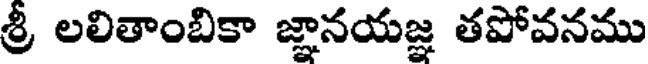
శ్రీ లలితాంబికా జ్ఞానయజ్ఞ తపోవనము